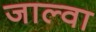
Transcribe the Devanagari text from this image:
जाल्वा